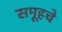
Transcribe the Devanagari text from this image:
समूहचे